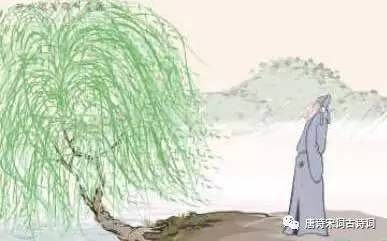
解把飞花蒙日月，不知天地有清霜。